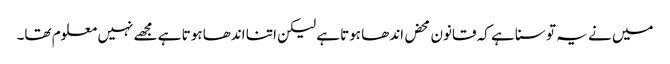
میں نے یہ تو سنا ہے کہ قانون محض اندھا ہوتا ہے لیکن اتنا اندھا ہوتا ہے مجھے نہیں معلوم تھا۔